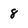
Character: 8